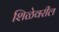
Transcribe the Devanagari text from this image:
शिळेवरील